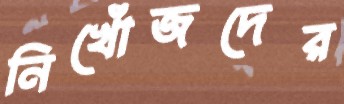
নিখোঁজদের